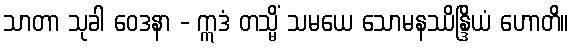
သာတာ သုခါ ဝေဒနာ - ဣဒံ တသ္မိံ သမယေ သောမနဿိန္ဒြိယံ ဟောတိ။